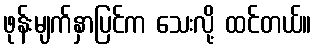
ဖုန်းမျက်နှာပြင်က သေးလို့ ထင်တယ်။